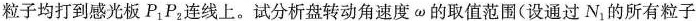
粒子均打到感光板P_{1}P_{2}连线上。试分析盘转动角速度\omega的取值范围(设通过N_{1}的所有粒子